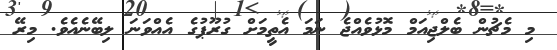
މި މެޗުން ބެލްޖިއަމް މޮޅުވެއްޖެ ނަމަ އެތީމަށް ގުރޫޕުގެ އެއްވަނަ ލިބޭނެއެވެ. މިރޭ